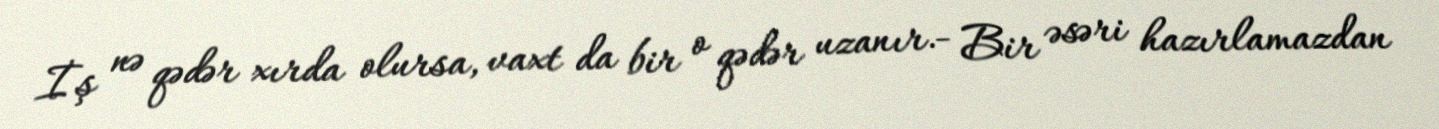
İş nə qədər xırda olursa, vaxt da bir o qədər uzanır.- Bir əsəri hazırlamazdan